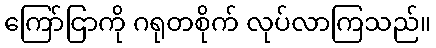
ကြော်ငြာကို ဂရုတစိုက် လုပ်လာကြသည်။